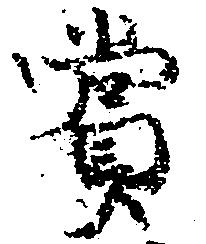
賞